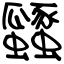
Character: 瓥